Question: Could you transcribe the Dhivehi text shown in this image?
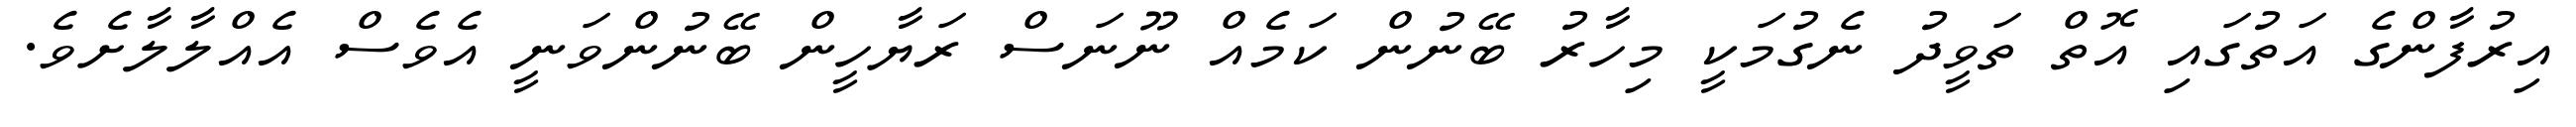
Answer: އިރުފާންގެ އަތުގައި އޮތް ތަވީދު ނެގުމަކީ މިހާރު ބޭނުން ކަމެއް ނޫނަސް ރަޔާހީން ބޭނުންވަނީ އެވެސް އެއްލާލާށެވެ.